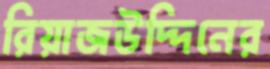
রিয়াজউদ্দিনের